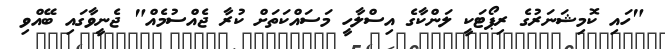
"ހައި ކޮމިޝަނަރުގެ ރިޕޯޓަކީ ލަންކާގެ އިސްލާހީ މަސައްކަތަށް ކުރާ ޖެއްސުމެއް" ޖެނީވާގައި ބޭއްވި